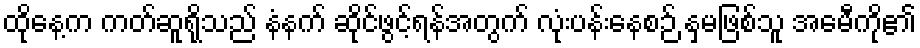
ထိုနေ့က ကတ်ဆူရိုသည် နံနက် ဆိုင်ဖွင့်ရန်အတွက် လုံးပန်းနေစဉ် နှမဖြစ်သူ အေမီကို၏